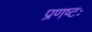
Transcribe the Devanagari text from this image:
प्रणष्टः